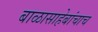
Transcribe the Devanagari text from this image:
बाळासाहेबांचाच